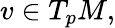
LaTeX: v\in T_{p}M,